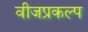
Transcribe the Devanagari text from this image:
वीजप्रकल्प